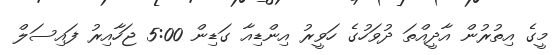
މީގެ އިތުރުން އާދީއްތަ ދުވަހުގެ ހަވީރު އިންޑިއާ ގަޑިން 5:00 ޖަހާއިރު ފައިސަލް